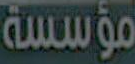
مؤسسة